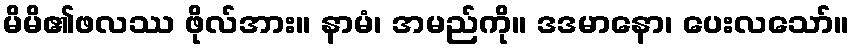
မိမိ၏ဖလဿ ဖိုလ်အား။ နာမံ၊ အမည်ကို။ ဒဒမာနော၊ ပေးလသော်။